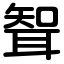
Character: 聟